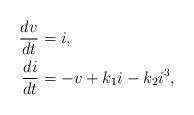
LaTeX: \begin{align*}\frac{d v}{d t} &= i, \\\frac{d i}{d t} &= -v + k_1 i - k_2 i^3,\end{align*}